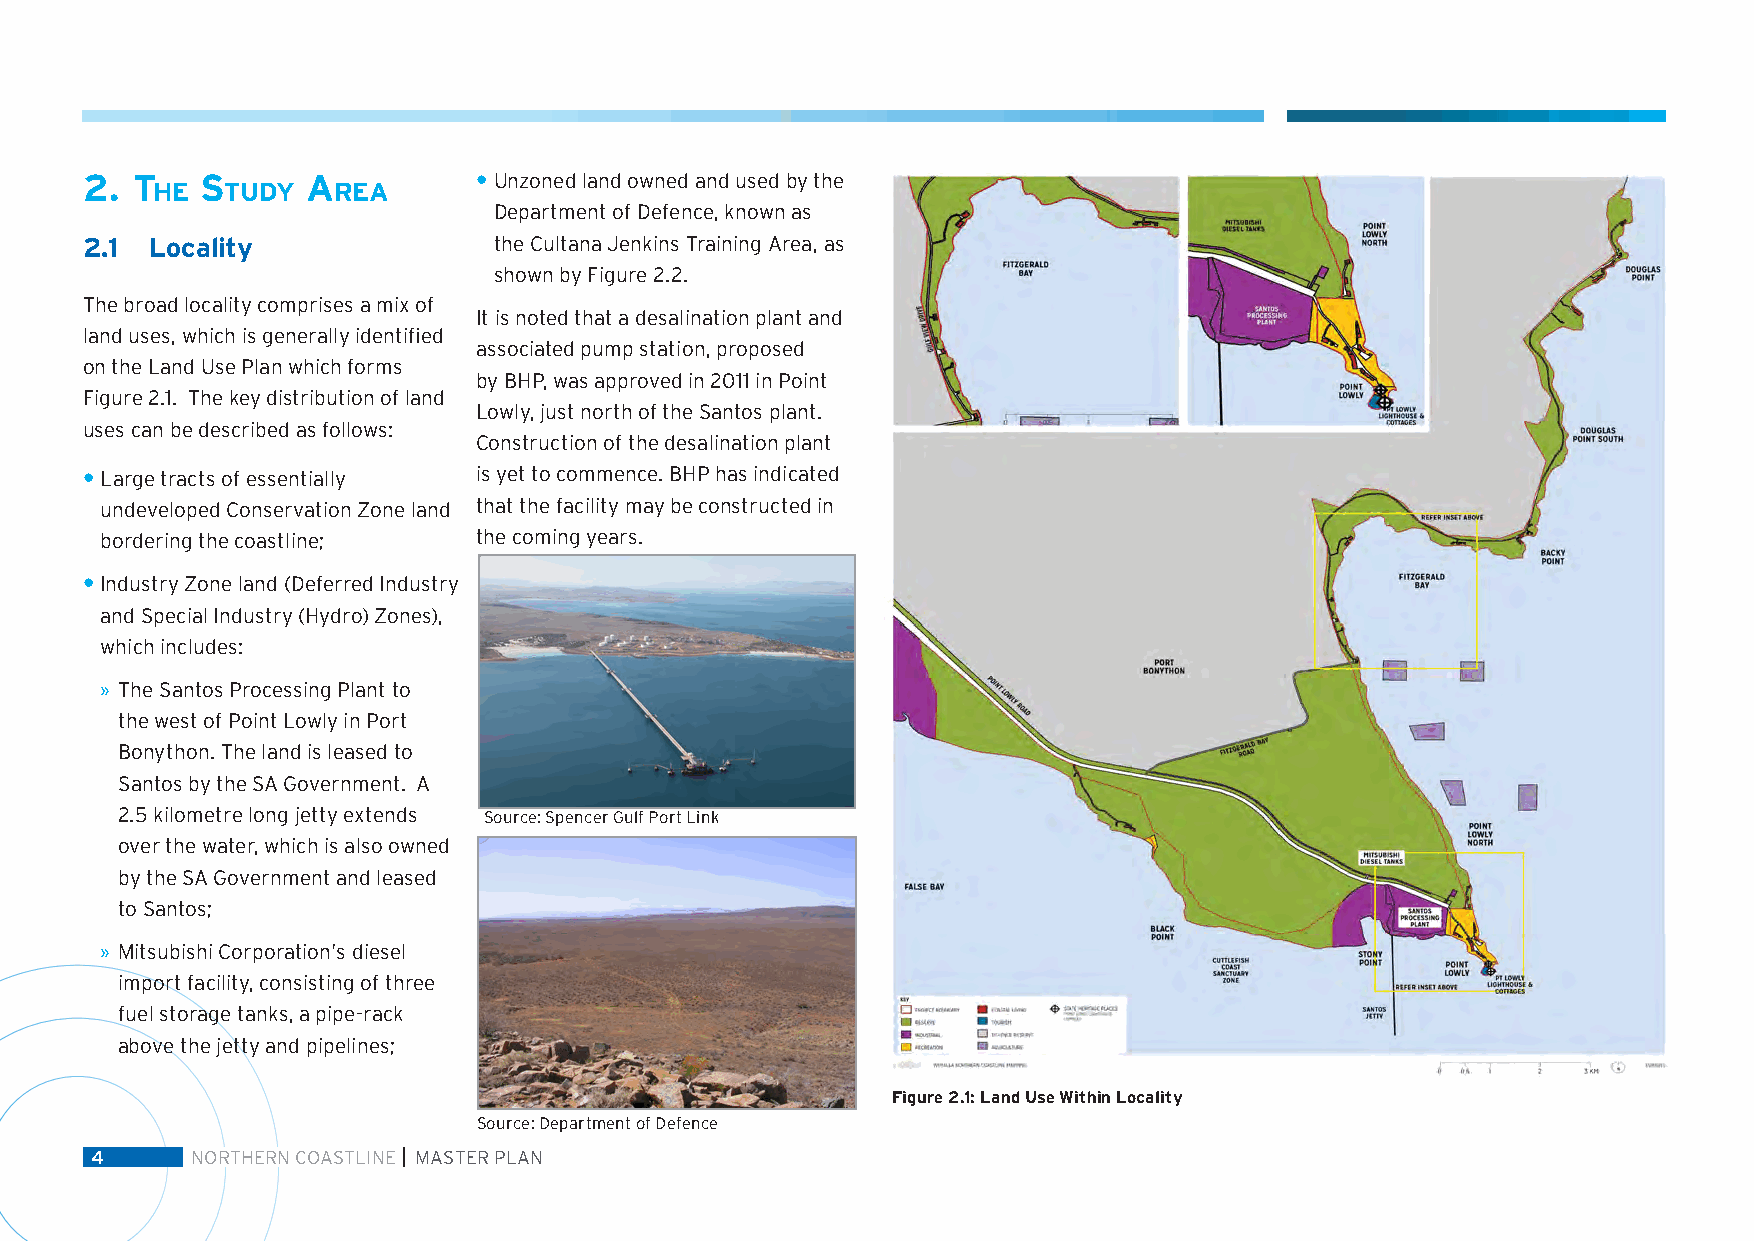
2.  t   s      a           • Unzoned land owned and used by the
 he   tudy   rea
 Department of Defence, known as
 2.1  Locality               the Cultana Jenkins Training Area, as
 shown by Figure 2.2.
 The broad locality comprises a mix of
 It is noted that a desalination plant and
 land uses, which is generally identified
 associated pump station, proposed
 on the Land Use Plan which forms
 by BHP, was approved in 2011 in Point
 Figure 2.1. The key distribution of land
 Lowly, just north of the Santos plant.
 uses can be described as follows:
 Construction of the desalination plant
 • Large tracts of essentially is yet to commence. BHP has indicated
 undeveloped Conservation Zone land that the facility may be constructed in
 bordering the coastline; the coming years.
 • Industry Zone land (Deferred Industry
 and Special Industry (Hydro) Zones),
 which includes:
 » The Santos Processing Plant to
 the west of Point Lowly in Port
 Bonython. The land is leased to
 Santos by the SA Government. A
 2.5 kilometre long jetty extends Source: Spencer Gulf Port Link
 over the water, which is also owned
 by the SA Government and leased
 to Santos;
 » Mitsubishi Corporation’s diesel
 import facility, consisting of three
 fuel storage tanks, a pipe-rack
 above the jetty and pipelines;
 Figure 2.1: Land Use Within Locality
 Source: Department of Defence
 4      NORTHERN COASTLINE MASTER PLAN